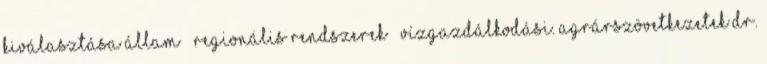
kiválasztása Állam – regionális rendszerek – Vízgazdálkodási. Agrárszövetkezetek Dr.